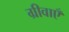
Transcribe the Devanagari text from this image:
ग्रीवाएँ